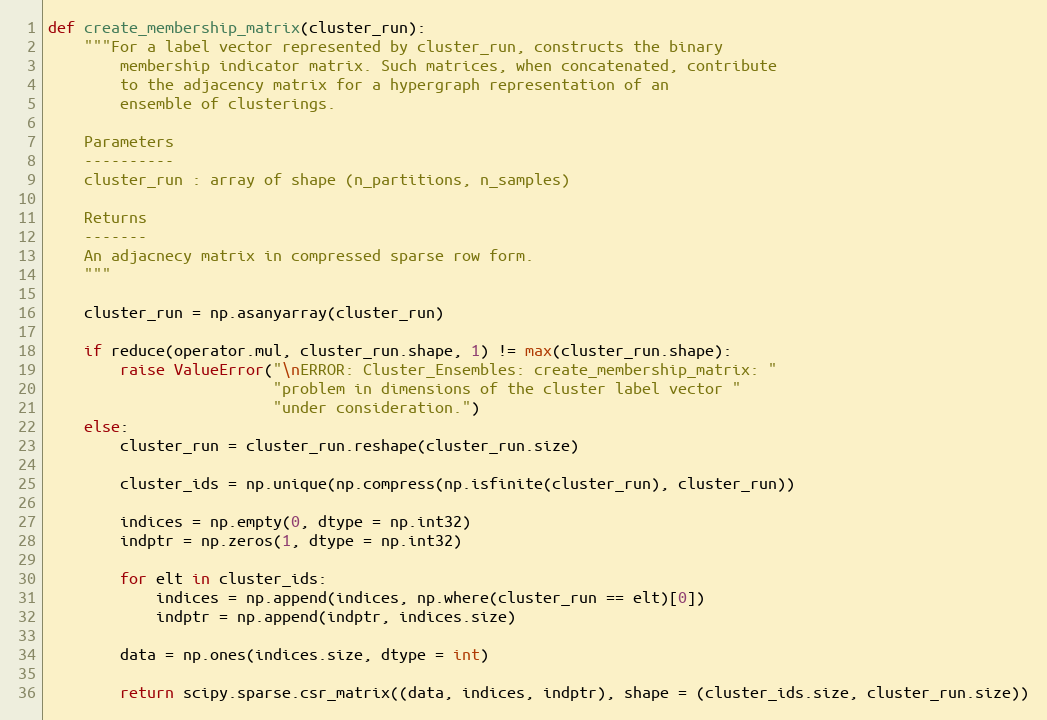
Language: Python
def create_membership_matrix(cluster_run):
    """For a label vector represented by cluster_run, constructs the binary
        membership indicator matrix. Such matrices, when concatenated, contribute
        to the adjacency matrix for a hypergraph representation of an
        ensemble of clusterings.

    Parameters
    ----------
    cluster_run : array of shape (n_partitions, n_samples)

    Returns
    -------
    An adjacnecy matrix in compressed sparse row form.
    """

    cluster_run = np.asanyarray(cluster_run)

    if reduce(operator.mul, cluster_run.shape, 1) != max(cluster_run.shape):
        raise ValueError("\nERROR: Cluster_Ensembles: create_membership_matrix: "
                         "problem in dimensions of the cluster label vector "
                         "under consideration.")
    else:
        cluster_run = cluster_run.reshape(cluster_run.size)

        cluster_ids = np.unique(np.compress(np.isfinite(cluster_run), cluster_run))

        indices = np.empty(0, dtype = np.int32)
        indptr = np.zeros(1, dtype = np.int32)

        for elt in cluster_ids:
            indices = np.append(indices, np.where(cluster_run == elt)[0])
            indptr = np.append(indptr, indices.size)

        data = np.ones(indices.size, dtype = int)

        return scipy.sparse.csr_matrix((data, indices, indptr), shape = (cluster_ids.size, cluster_run.size))